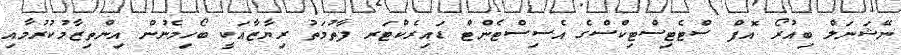
ނޭޝަނަލް ބިއުރޯ އޮފް ސްޓެޓިސްޓިކްސްގެ އެސިސްޓެންޓް ޑައިރެކްޓަރ ފާތުމަތު ރިޔާޒާއަކީ ބޯހިމެނުން އިންތިޒާމުކުރުމާއި